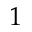
1